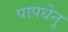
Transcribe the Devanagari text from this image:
पापधेनु